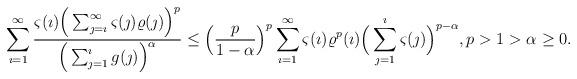
LaTeX: \begin{align*}\sum_{\imath=1}^{\infty}\frac{\varsigma(\imath)\Big(\sum_{\jmath=\imath}^{\infty}\varsigma(\jmath)\varrho(\jmath)\Big)^p}{\Big(\sum_{\jmath=1}^{\imath}g(\jmath)\Big)^\alpha}\leq \Big(\frac{p}{1-\alpha}\Big)^p\sum_{\imath=1}^{\infty}\varsigma(\imath)\varrho^p(\imath)\Big(\sum_{\jmath=1}^{\imath}\varsigma(\jmath)\Big)^{p-\alpha}, p>1>\alpha\geq0. \end{align*}